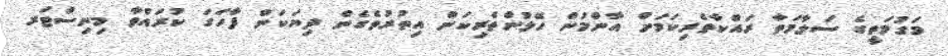
މަގުމަތީގެ ސަލާމަތާ ރައްކާތެރިކަމަށް އާންމުން ހޭލުންތެރިކަން އިތުރުވެގެން ދިޔަކަން ފާހަގަ ކުރައްވާ މިނިސްޓަރ